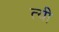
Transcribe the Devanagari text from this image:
त्यी